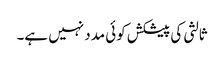
ثالثی کی پیشکش کوئی مدد نہیں ہے۔